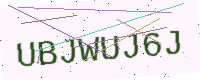
Text: UBJWUJ6J